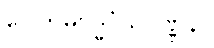
ဂေါတမဗုဒ္ဓဝံသဝဏ္ဏနာ